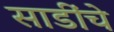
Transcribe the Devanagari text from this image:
साडींचे